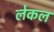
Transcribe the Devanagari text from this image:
लेकल